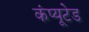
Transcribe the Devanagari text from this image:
कंप्यूटेड